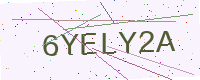
Text: 6YELY2A